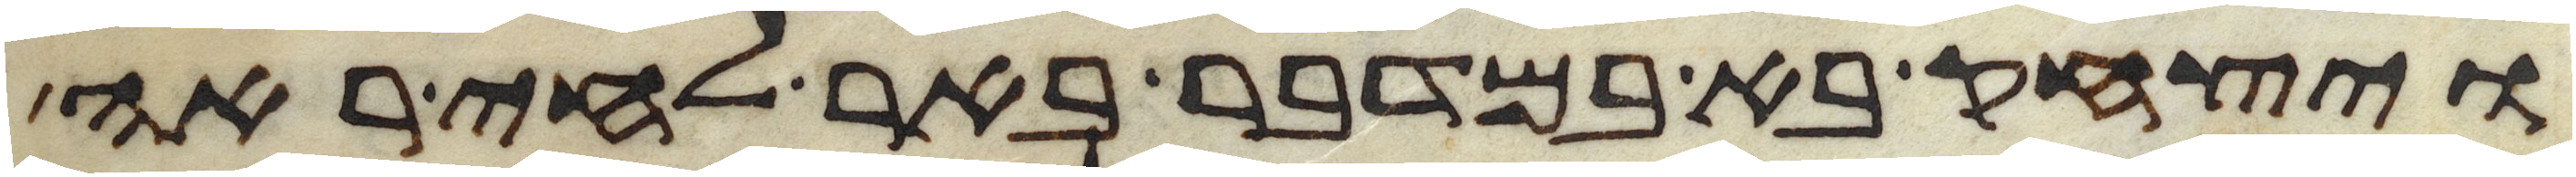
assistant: ויצחק בא במדבר באר לחי ראה